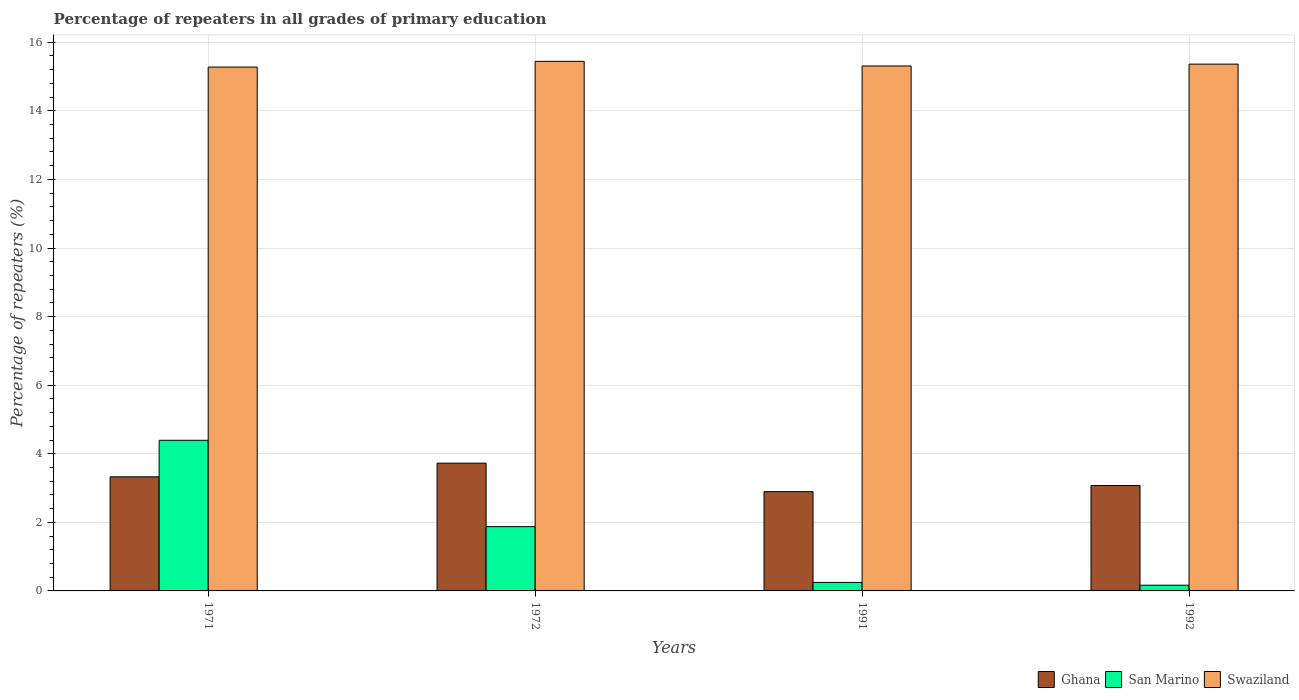
| Years | Ghana | San Marino | Swaziland |
 | --- | --- | --- | --- |
 | 1971 | 3.33 | 4.39 | 15.3 |
 | 1972 | 3.73 | 1.87 | 15.4 |
 | 1991 | 2.9 | 0.248 | 15.3 |
 | 1992 | 3.07 | 0.167 | 15.4 |